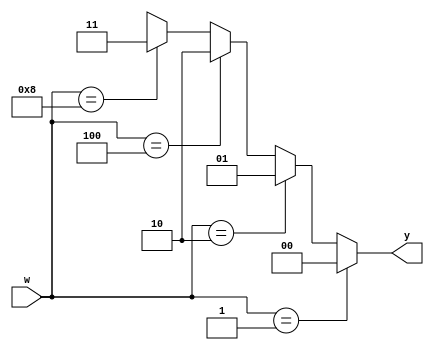
`timescale 1ns / 1ps
//////////////////////////////////////////////////////////////////////////////////
// Company: 
// Engineer: 
// 
// Design Name: 
// Module Name: encoder_4x2
// Project Name: 
// Target Devices: 
// Tool Versions: 
// Description: 
// 
// Dependencies: 
// 
// Revision:
// Revision 0.01 - File Created
// Additional Comments:
// 
//////////////////////////////////////////////////////////////////////////////////


module encoder_4x2(
    input [3:0] w,
    output reg [1:0] y
    );
    
    always @(w)
    begin
        // case    
//        y = 2'bxx;
//        case(w)
//            4'b0001: y = 2'b00;
//            4'b0010: y = 2'b01;
//            4'b0100: y = 2'b10;
//            4'b1000: y = 2'b11;
//            default: y = 2'bxx;
//        endcase

        // if, else-if, else
        y = 2'bxx;
        if(w == 4'b0001) y = 2'b00;
        else if (w == 4'b0010) y = 2'b01;
        else if (w == 4'b0100) y = 2'b10;
        else if (w == 4'b1000) y = 2'b11;
        else y = 2'bxx;
    end
endmodule